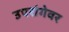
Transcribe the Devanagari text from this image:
उपरांगेवर